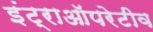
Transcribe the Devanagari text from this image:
इंट्राऑपरेटीव